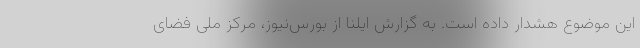
این موضوع هشدار داده است. به گزارش ایلنا از بورس‌نیوز، مرکز ملی فضای